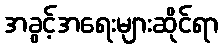
အခွင့်အရေးများဆိုင်ရာ